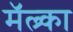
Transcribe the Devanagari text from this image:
मॅल्र्का